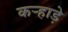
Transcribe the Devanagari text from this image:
कऱ्हाड़े